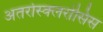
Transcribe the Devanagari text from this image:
अतरोस्क्लरोसिस